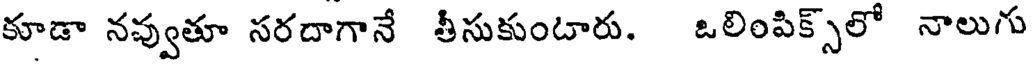
కూడా నవ్వుతూ సరదాగానే తీసుకుంటారు. ఒలింపిక్స్లో నాలుగు